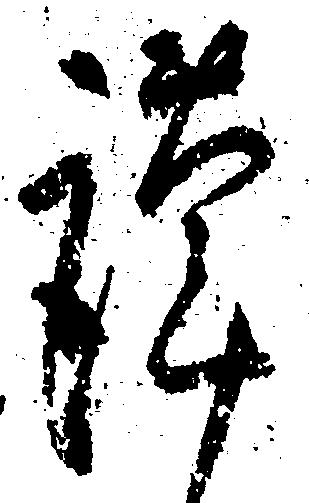
謹